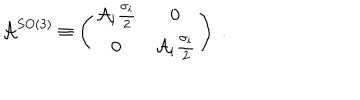
\mathcal { A } ^ { S O ( 3 ) } \equiv \left( \begin{array} { c c } { { \mathcal { A } _ { i } \frac { \sigma _ { i } } { 2 } } } & { { 0 } } \\ { { 0 } } & { { \mathcal { A } _ { i } \frac { \sigma _ { i } } { 2 } } } \\ \end{array} \right) \; .